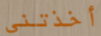
أخذتني